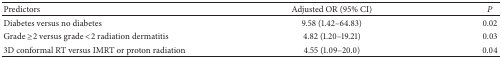
<table><thead><tr><td><b>Predictors</b></td><td><b>Adjusted OR (95% CI)</b></td><td><b><i>P</i></b></td></tr></thead><tbody><tr><td>Diabetes versus no diabetes</td><td>9.58 (1.42–64.83)</td><td>0.02</td></tr><tr><td>Grade ≥2 versus grade &lt;2 radiation dermatitis</td><td>4.82 (1.20–19.21)</td><td>0.03</td></tr><tr><td>3D conformal RT versus IMRT or proton radiation</td><td>4.55 (1.09–20.0)</td><td>0.04</td></tr></tbody></table>